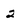
Character: 2